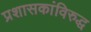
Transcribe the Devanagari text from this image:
प्रशासकांविरुद्ध